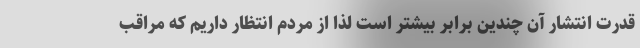
قدرت انتشار آن چندین برابر بیشتر است لذا از مردم انتظار داریم که مراقب